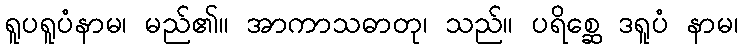
ရူပရူပံနာမ၊ မည်၏။ အာကာသဓာတု၊ သည်။ ပရိစ္ဆေ ဒရူပံ နာမ၊